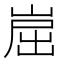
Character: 崫